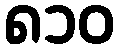
၈၁၀